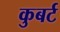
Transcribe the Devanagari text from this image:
कुबर्ट